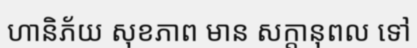
ហានិភ័យ សុខភាព មាន សក្តានុពល ទៅ